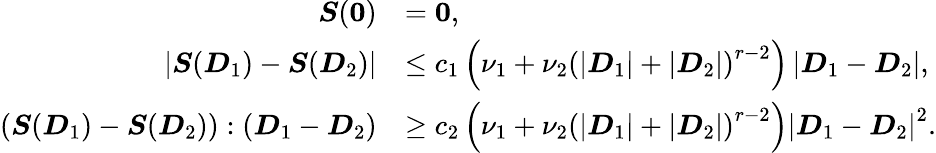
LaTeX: \begin{array}{rl}{\boldsymbol{S}(\boldsymbol{0})}&{=\boldsymbol{0},}\\ {\left\lvert\boldsymbol{S}(\boldsymbol{D}_{1})-\boldsymbol{S}(\boldsymbol{D}_{2})\right\rvert}&{\leq c_{1}\left(\nu_{1}+\nu_{2}\left(\left\lvert\boldsymbol{D}_{1}\right\rvert+\left\lvert\boldsymbol{D}_{2}\right\rvert\right)^{r-2}\right)\left\lvert\boldsymbol{D}_{1}-\boldsymbol{D}_{2}\right\rvert,}\\ {\left(\boldsymbol{S}(\boldsymbol{D}_{1})-\boldsymbol{S}(\boldsymbol{D}_{2})\right):\left(\boldsymbol{D}_{1}-\boldsymbol{D}_{2}\right)}&{\geq c_{2}\left(\nu_{1}+\nu_{2}\left(\left\lvert\boldsymbol{D}_{1}\right\rvert+\left\lvert\boldsymbol{D}_{2}\right\rvert\right)^{r-2}\right)\left\lvert\boldsymbol{D}_{1}-\boldsymbol{D}_{2}\right\rvert^{2}.}\end{array}